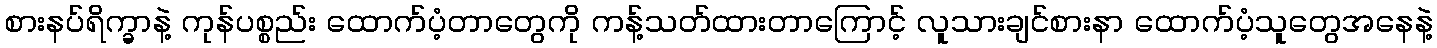
စားနပ်ရိက္ခာနဲ့ ကုန်ပစ္စည်း ထောက်ပံ့တာတွေကို ကန့်သတ်ထားတာကြောင့် လူသားချင်စားနာ ထောက်ပံ့သူတွေအနေနဲ့